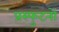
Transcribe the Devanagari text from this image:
प्रस्फुटनों